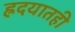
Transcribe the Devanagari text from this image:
ह्रदयातही